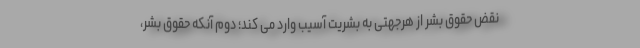
نقض حقوق بشر از هرجهتی به بشریت آسیب وارد می کند؛ دوم آنکه حقوق بشر،